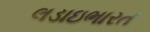
લડાઇભારત